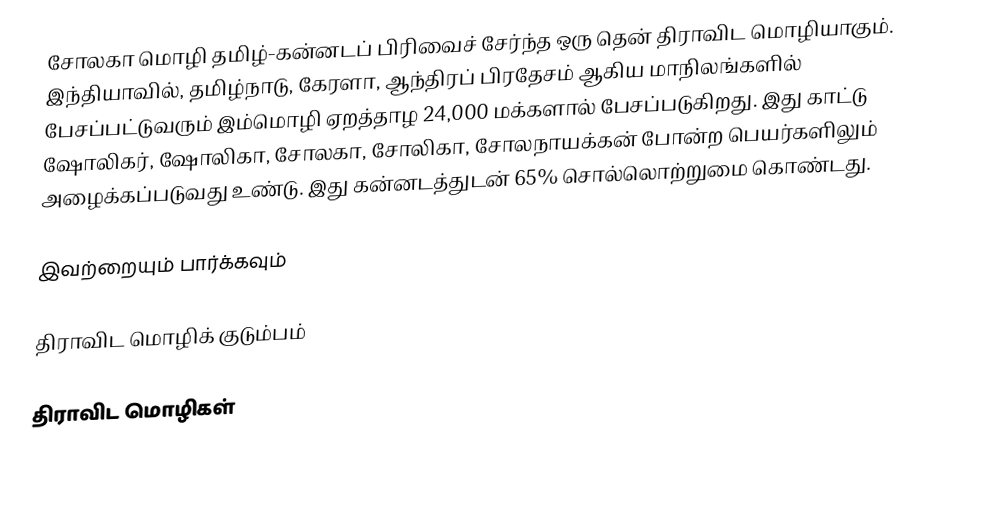
சோலகா மொழி தமிழ்-கன்னடப் பிரிவைச் சேர்ந்த ஒரு தென் திராவிட மொழியாகும். இந்தியாவில், தமிழ்நாடு, கேரளா, ஆந்திரப் பிரதேசம் ஆகிய மாநிலங்களில் பேசப்பட்டுவரும் இம்மொழி ஏறத்தாழ 24,000 மக்களால் பேசப்படுகிறது.  இது காட்டு ஷோலிகர், ஷோலிகா, சோலகா, சோலிகா, சோலநாயக்கன் போன்ற பெயர்களிலும் அழைக்கப்படுவது உண்டு. இது கன்னடத்துடன் 65% சொல்லொற்றுமை கொண்டது.

இவற்றையும் பார்க்கவும்

 திராவிட மொழிக் குடும்பம்

திராவிட மொழிகள்